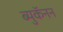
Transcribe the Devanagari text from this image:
ब्युकॅनन